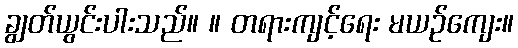
ချွတ်ယွင်းပါးသည်။ ။ တရားကျင့်ရေး မယဉ်ကျေး။